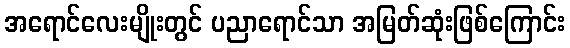
အရောင်လေးမျိုးတွင် ပညာရောင်သာ အမြတ်ဆုံးဖြစ်ကြောင်း